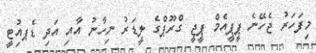
މިފަހަރު ޖެހޭނެ ޕީޕީއެމް ޕީޖީ ގްރޫޕްގެ ލީޑަރު ނިހާނު އާއި އަދި ޑެޕއިުޓީ